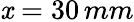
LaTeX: \mathit{x}=30\, mm